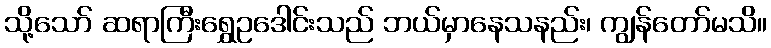
သို့သော် ဆရာကြီးရွှေဥဒေါင်းသည် ဘယ်မှာနေသနည်း၊ ကျွန်တော်မသိ။